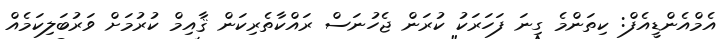
އެމްއެންޑީއެފް: ކިތަންމެ ގިނަ ފަހަރަކު ކުރަން ޖެހުނަސް ރައްކާތެރިކަން ޤާއިމް ކުރުމަށް ވަރުބަލިކަމެއް